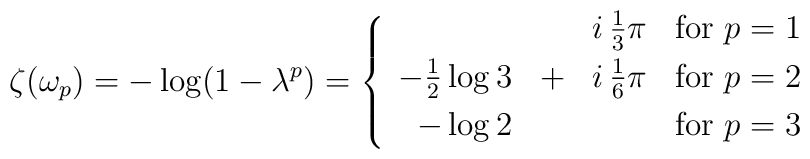
\zeta(\omega_p)=-\log(1-\lambda^p)=\left\{\begin{array}{rcll}&&i\,\frac13\pi&\mbox{for }p=1\\[3pt]-\frac12\log3&+&i\,\frac16\pi&\mbox{for }p=2\\[3pt]-\log2&&&\mbox{for }p=3\\[3pt]\end{array}\right.